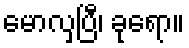
မောလှပြီ၊ ခုရော။